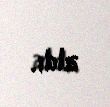
aldı.